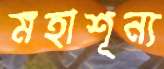
মহাশূন্য